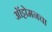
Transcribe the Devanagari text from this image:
ऑट्टोमनचा